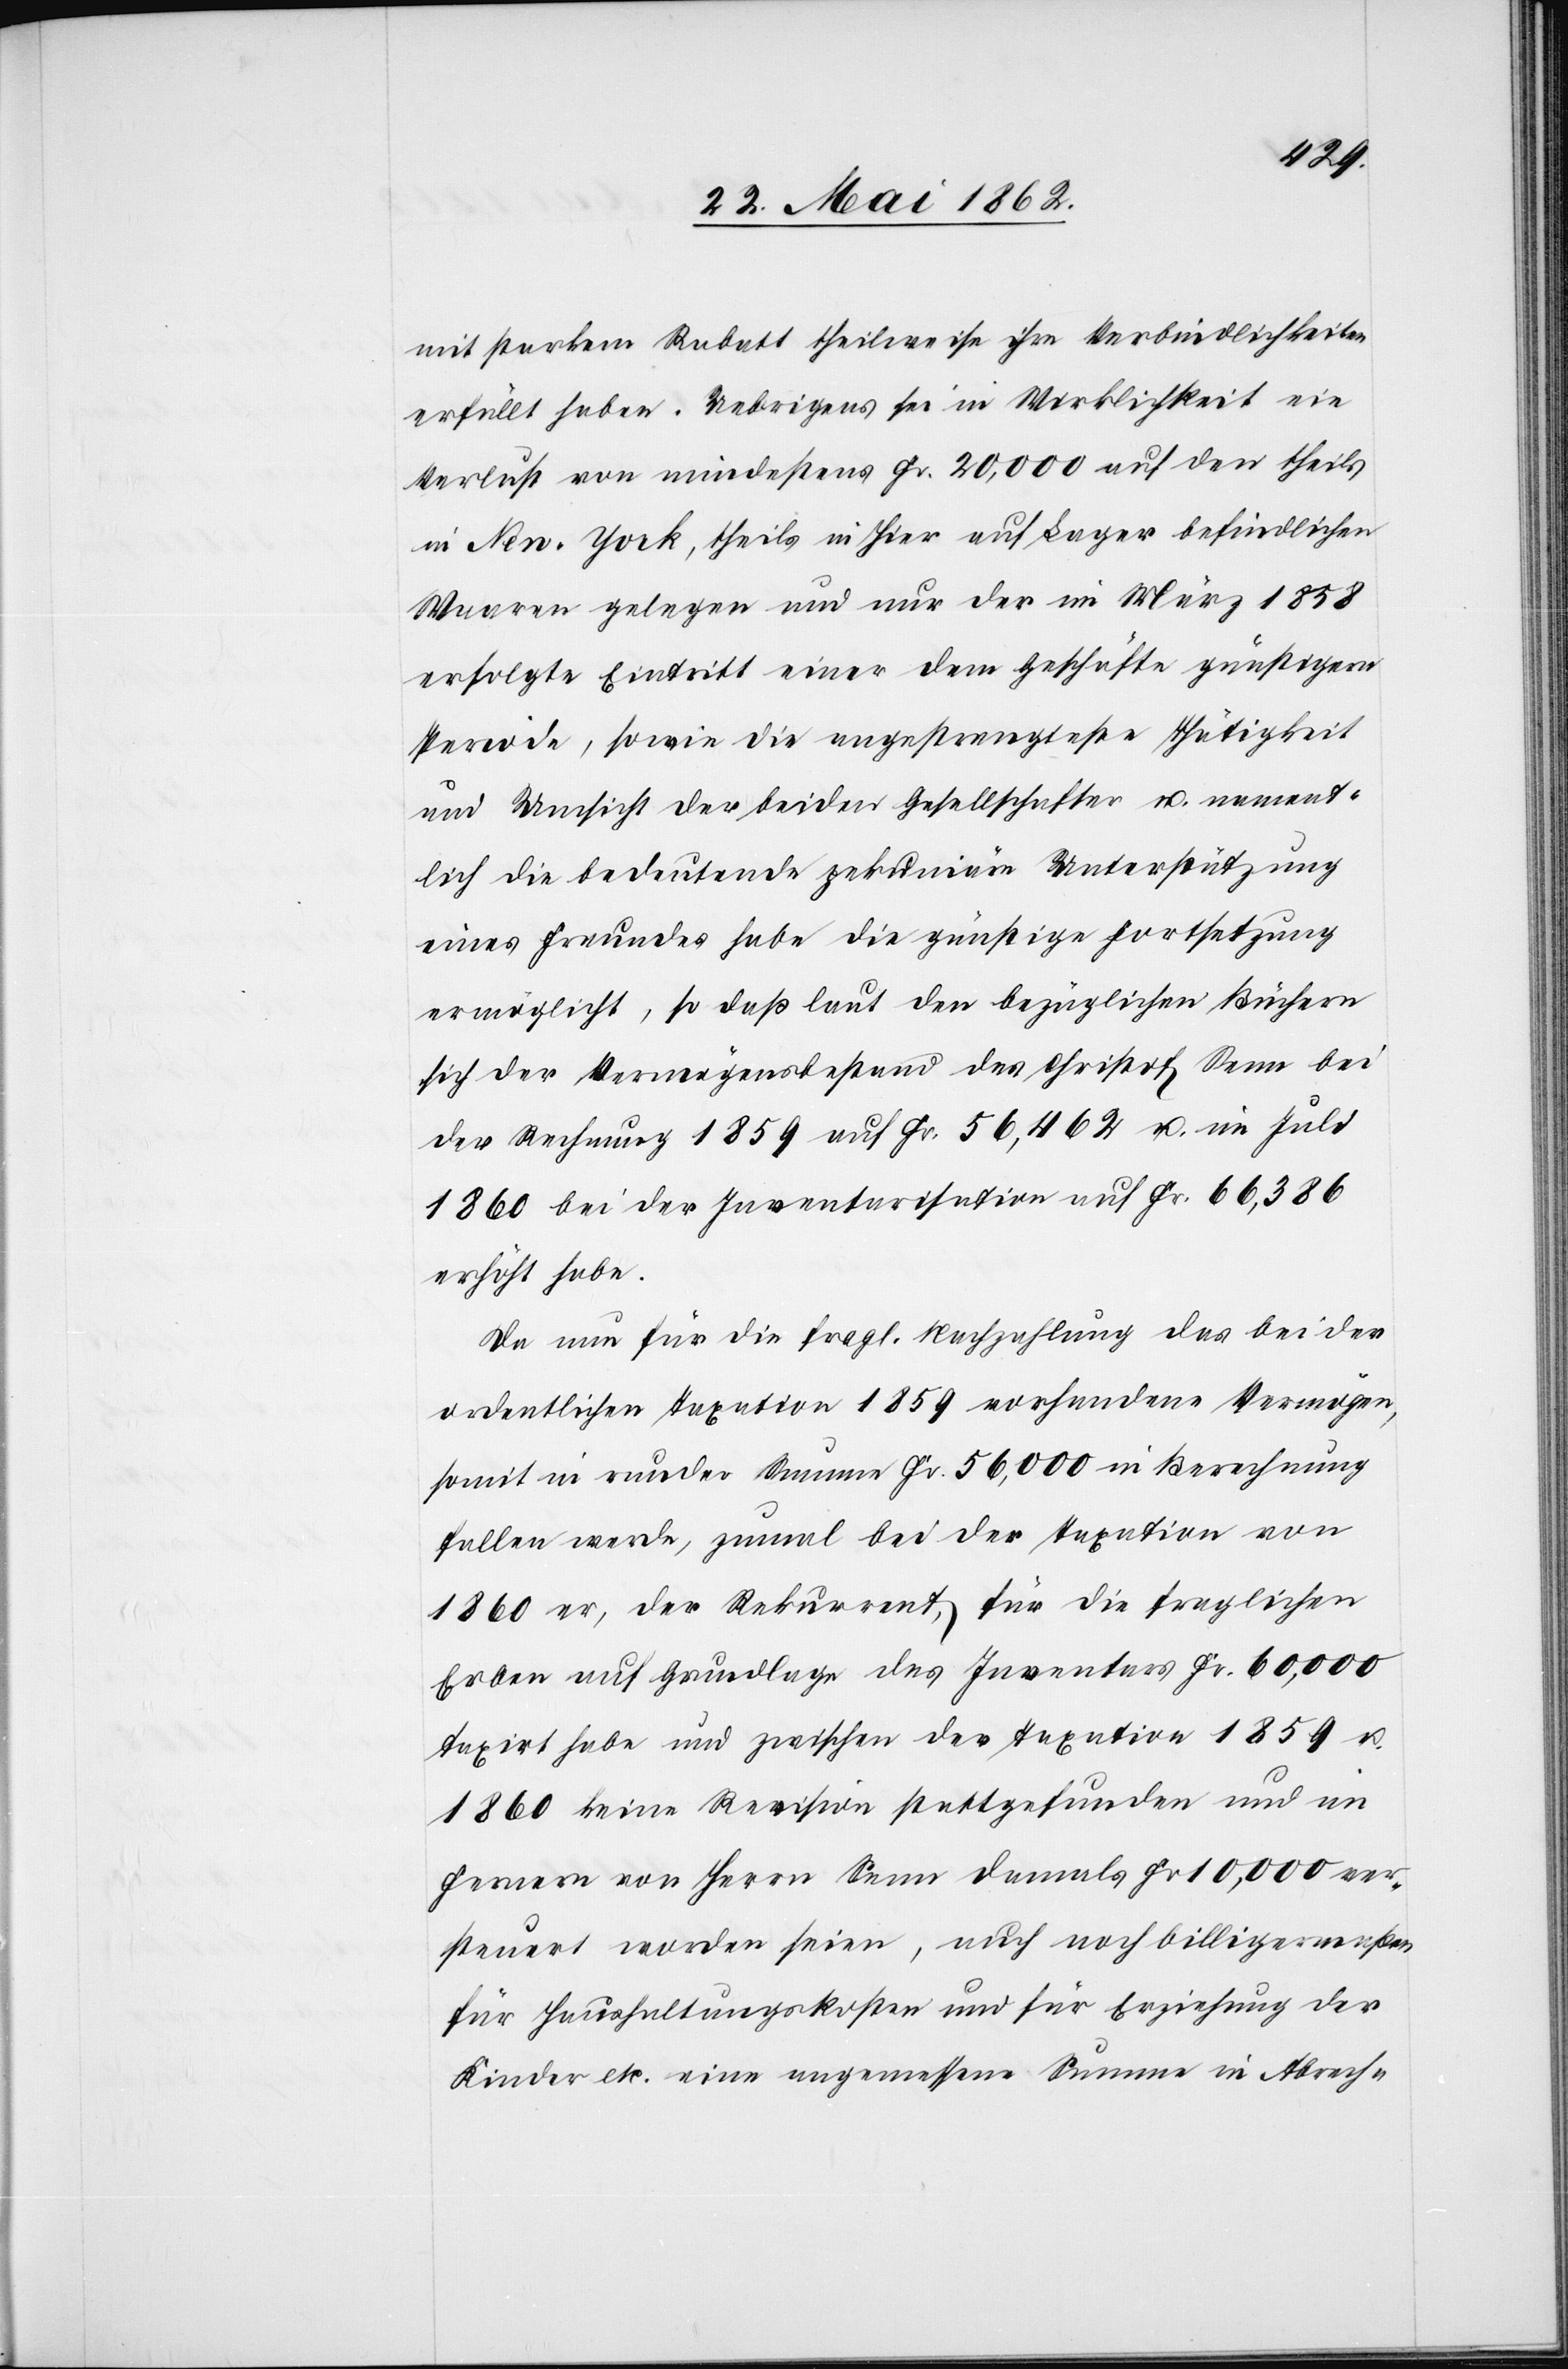
mit starkem Rabatt theilweise ihre Verbindlichkeiten
erfüllt haben. Uebrigens sei in Wirklichkeit ein
Verlust von mindestens Fr. 20,000 auf den theils
in New-York, theils in hier auf Lager befindlichen
Waaren gelegen und nur der im März 1858
erfolgte Eintritt einer dem Geschäfte günstigern
Periode, sowie die angestrengteste Thätigkeit
und Umsicht der beiden Gesellschaften u. nament¬
lich die bedeutende pekuniäre Unterstützung
eines Freundes habe die günstige Fortsetzung
ermöglicht, so daß laut den bezüglichen Büchern
sich der Vermögensstand des Christoph Senn bei
der Rechnung 1859 auf Fr. 56,462 u. im Juli
1860 bei der Inventarisation auf Fr. 66,386
erhöht habe.
Da nun für die fragl. Nachzahlung das bei der
ordentlichen Taxation 1859 vorhandene Vermögen,
somit in runder Summe Fr. 56,000 in Berechnung
fallen werde, zumal bei der Taxation von
1860 er, der Rekurrent, für die fraglichen
Erben auf Grundlage des Inventars Fr. 60,000
taxirt habe und zwischen der Taxation 1859 u.
1860 keine Revision stattgefunden und im
Fernern von Herrn Senn damals Fr. 10,000 ver¬
steuert worden seien, auch noch billigermaßen
für Haushaltungskosten und für Erziehung der
Kinder etc. eine angemessene Summe in Abrech-